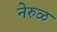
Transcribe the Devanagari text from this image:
नेरुळ